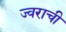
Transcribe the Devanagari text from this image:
ज्वराची